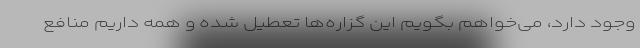
وجود دارد، می‌خواهم بگویم این گزاره‌ها تعطیل شده و همه داریم منافع